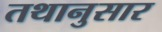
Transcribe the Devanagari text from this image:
तथानुसार